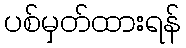
ပစ်မှတ်ထားရန်